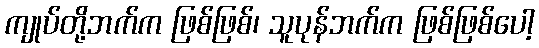
ကျုပ်တို့ဘက်က ဖြစ်ဖြစ်၊ သူပုန်ဘက်က ဖြစ်ဖြစ်ပေါ့